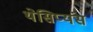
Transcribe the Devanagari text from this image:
थेसिप्यंस